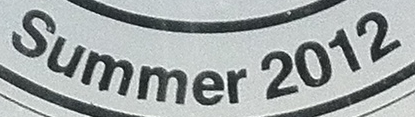
Summer 2012